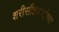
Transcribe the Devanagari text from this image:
शरीसौष्ठवपटूंच्या